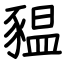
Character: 豱